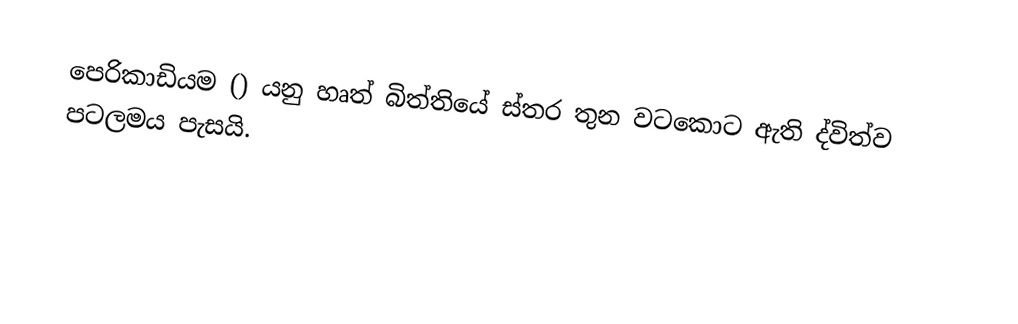
පෙරිකාඩියම () යනු හෘත් බිත්තියේ ස්තර තුන වටකොට ඇති ද්විත්ව පටලමය පැසයි.